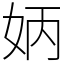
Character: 𡛦